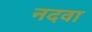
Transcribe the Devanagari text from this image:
नदवा